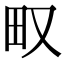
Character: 𤰖